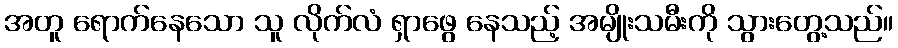
အတူ ရောက်နေသော သူ လိုက်လံ ရှာဖွေ နေသည့် အမျိုးသမီးကို သွားတွေ့သည်။